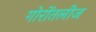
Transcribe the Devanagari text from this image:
गोरोंतलीज